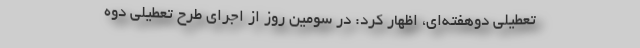
تعطیلی دوهفته‌ای، اظهار کرد: در سومین روز از اجرای طرح تعطیلی دوه